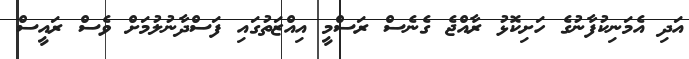
އަދި އެމަނިކުފާނުގެ ހަށިކޮޅު ރާއްޖެ ގެނެސް ރަސްމީ އިއްޒަތުގައި ފަސްދާނުލުމަށް ވެސް ރައީސް